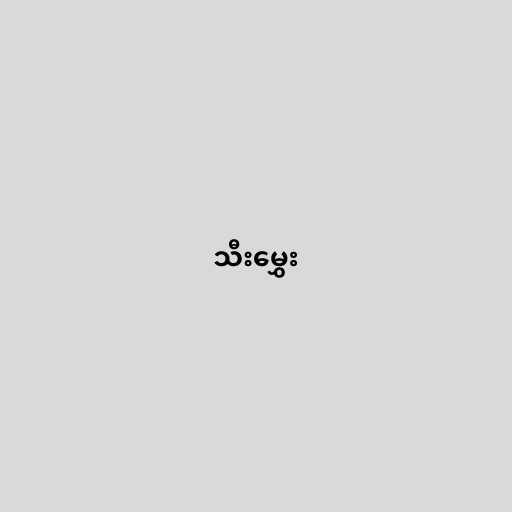
သီးမွှေး